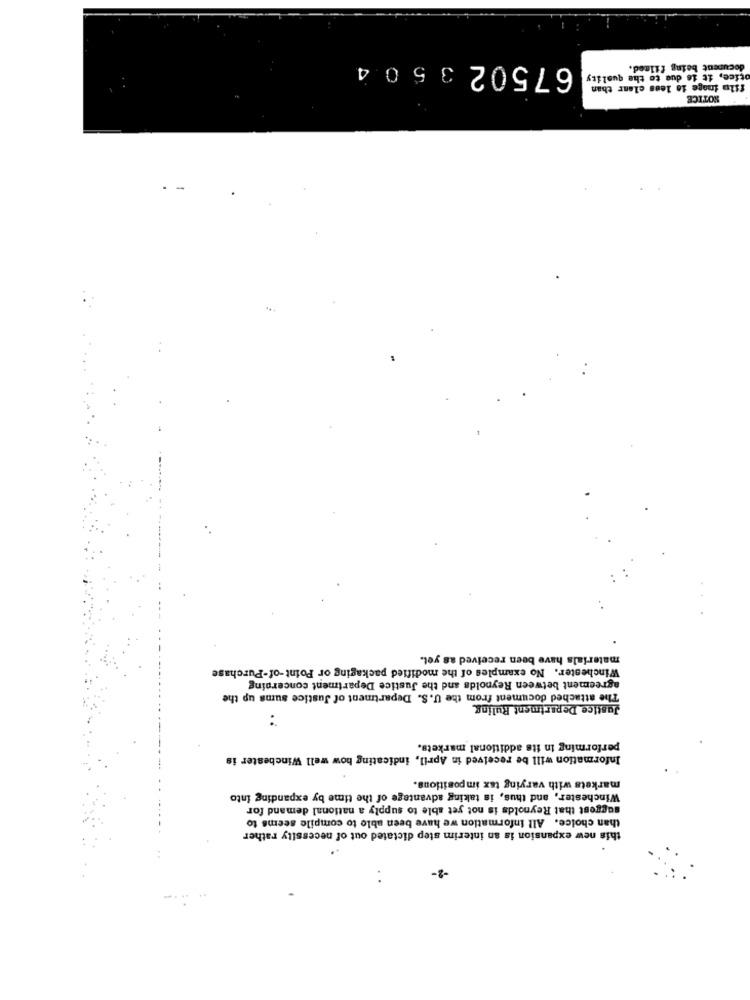
67502 35 0 4
document being filmed.
otice, it is due to the quality
film image is less clear than
NOTICE
materials have been received as yet.
Winchester. No examples of the modified packaging or Point-of-Purchase
agreement between Reynolds and the Justice Department concerning
The attached document from the U.S. Department of Justice sums up the
Justice Department Ruling
..
performing in its additional markets.
Information will be received in April, indicating how well Winchester is
markets with varying tax impositions.
Winchester, and thus, is taking advantage of the time by expanding into
suggest that Reynolds is not yet able to supply a national demand for
than choice. All information we have been able to compile seems to
this new expansion is an interim step dictated out of necessity rather
-2-
..